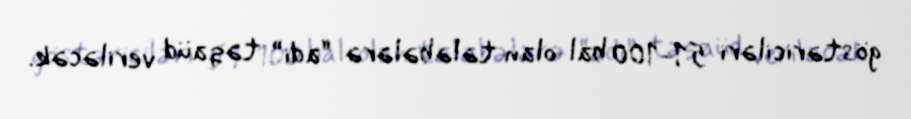
göstəriciləri 51-100 bal olan tələbələrə “adi” təqaüd veriləcək.